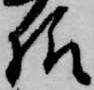
様